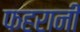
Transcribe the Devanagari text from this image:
फहरानी